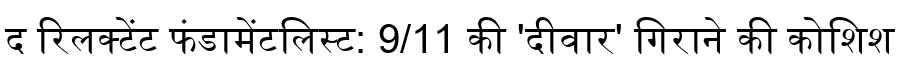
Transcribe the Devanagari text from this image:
द रिलक्टेंट फंडामेंटलिस्ट: 9/11 की 'दीवार' गिराने की कोशिश